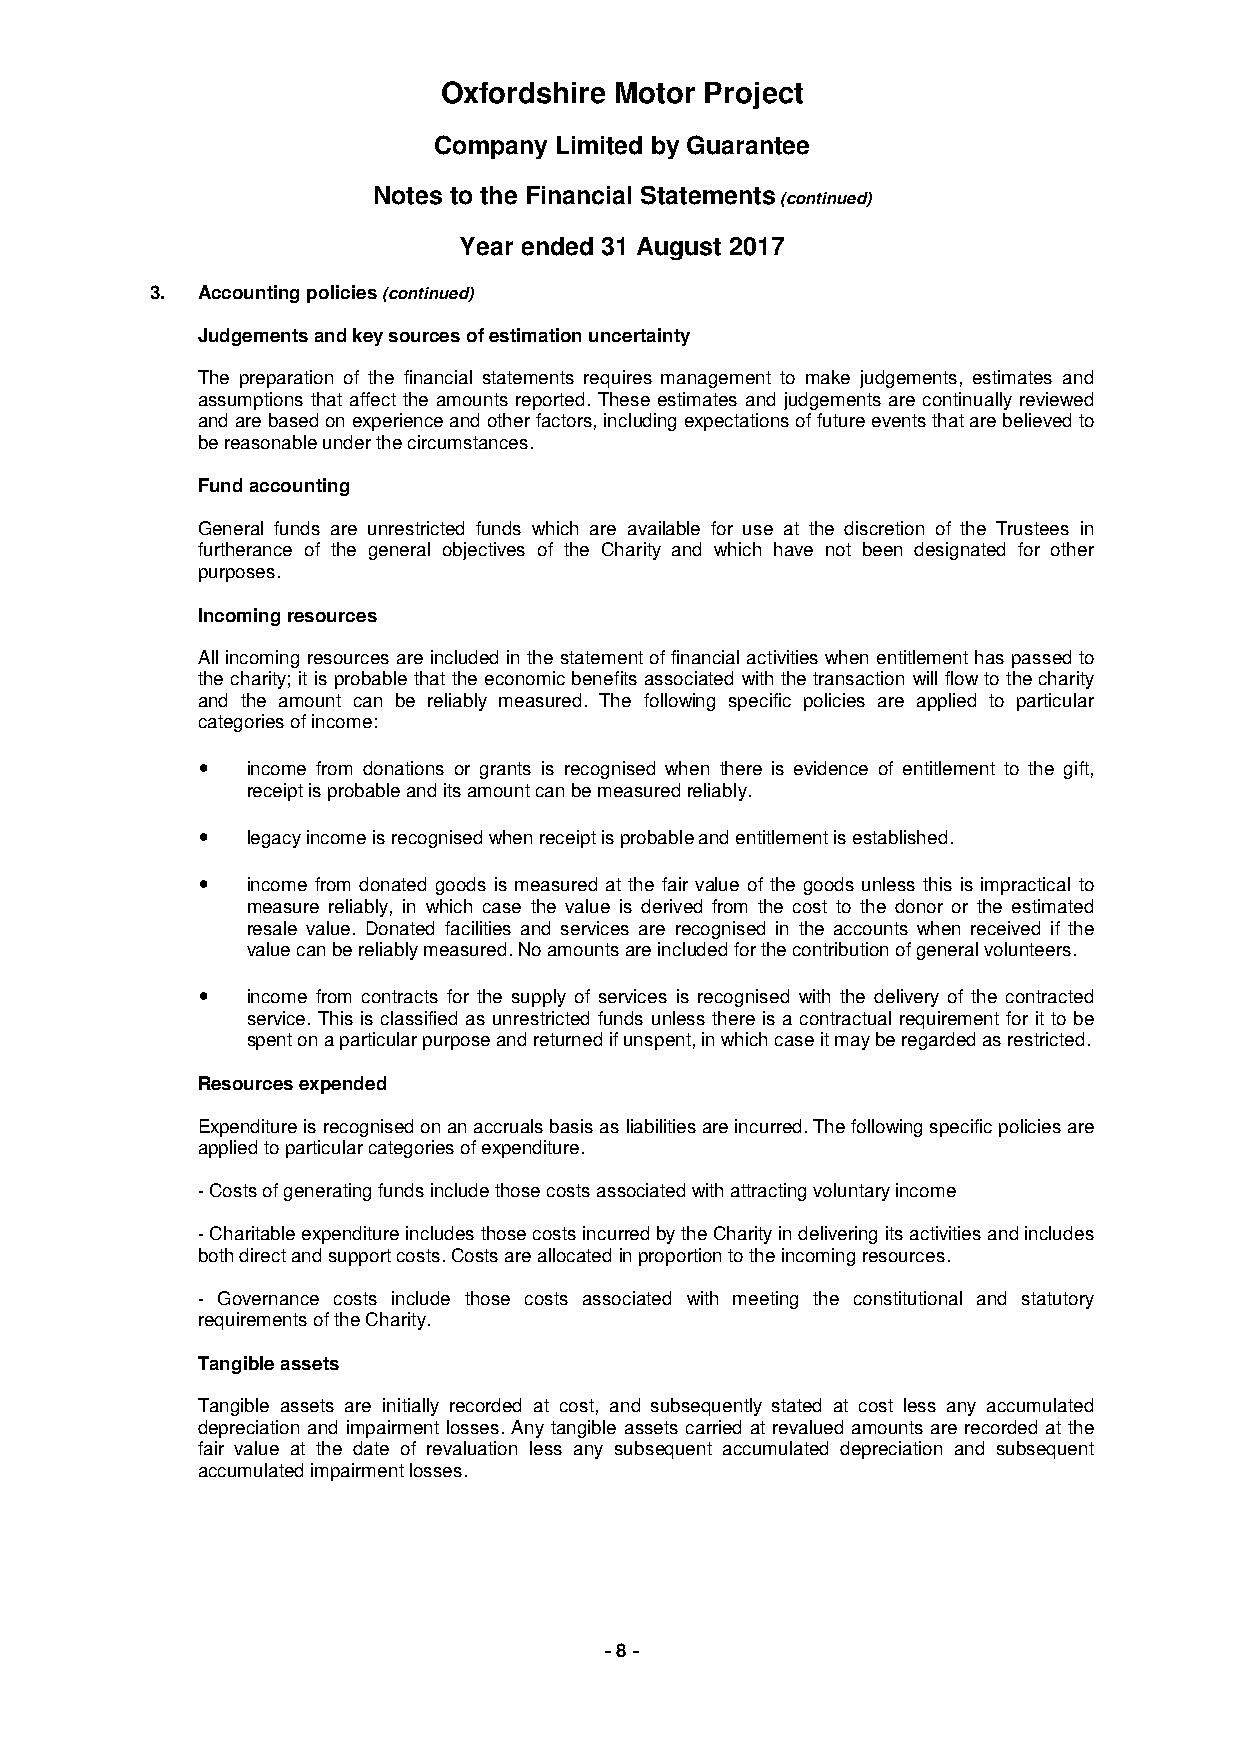
Oxfordshire Motor Project
 Company Limited by Guarantee
 Notes to the Financial Statements (continued)
 Year ended 31 August 2017
 3. Accounting policies (continued)
 Judgements and key sources of estimation uncertainty
 The preparation of the financial statements requires management to make judgements, estimates and
 assumptions that affect the amounts reported. These estimates and judgements are continually reviewed
 and are based on experience and other factors, including expectations of future events that are believed to
 be reasonable under the circumstances.
 Fund accounting
 General funds are unrestricted funds which are available for use at the discretion of the Trustees in
 furtherance of the general objectives of the Charity and which have not been designated for other
 purposes.
 Incoming resources
 All incoming resources are included in the statement of financial activities when entitlement has passed to
 the charity; it is probable that the economic benefits associated with the transaction will flow to the charity
 and the amount can be reliably measured. The following specific policies are applied to particular
 categories of income:
 •  income from donations or grants is recognised when there is evidence of entitlement to the gift,
 receipt is probable and its amount can be measured reliably.
 •  legacy income is recognised when receipt is probable and entitlement is established.
 •  income from donated goods is measured at the fair value of the goods unless this is impractical to
 measure reliably, in which case the value is derived from the cost to the donor or the estimated
 resale value. Donated facilities and services are recognised in the accounts when received if the
 value can be reliably measured. No amounts are included for the contribution of general volunteers.
 •  income from contracts for the supply of services is recognised with the delivery of the contracted
 service. This is classified as unrestricted funds unless there is a contractual requirement for it to be
 spent on a particular purpose and returned if unspent, in which case it may be regarded as restricted.
 Resources expended
 Expenditure is recognised on an accruals basis as liabilities are incurred. The following specific policies are
 applied to particular categories of expenditure.
 - Costs of generating funds include those costs associated with attracting voluntary income
 - Charitable expenditure includes those costs incurred by the Charity in delivering its activities and includes
 both direct and support costs. Costs are allocated in proportion to the incoming resources.
 - Governance costs include those costs associated with meeting the constitutional and statutory
 requirements of the Charity.
 Tangible assets
 Tangible assets are initially recorded at cost, and subsequently stated at cost less any accumulated
 depreciation and impairment losses. Any tangible assets carried at revalued amounts are recorded at the
 fair value at the date of revaluation less any subsequent accumulated depreciation and subsequent
 accumulated impairment losses.
 - 8 -